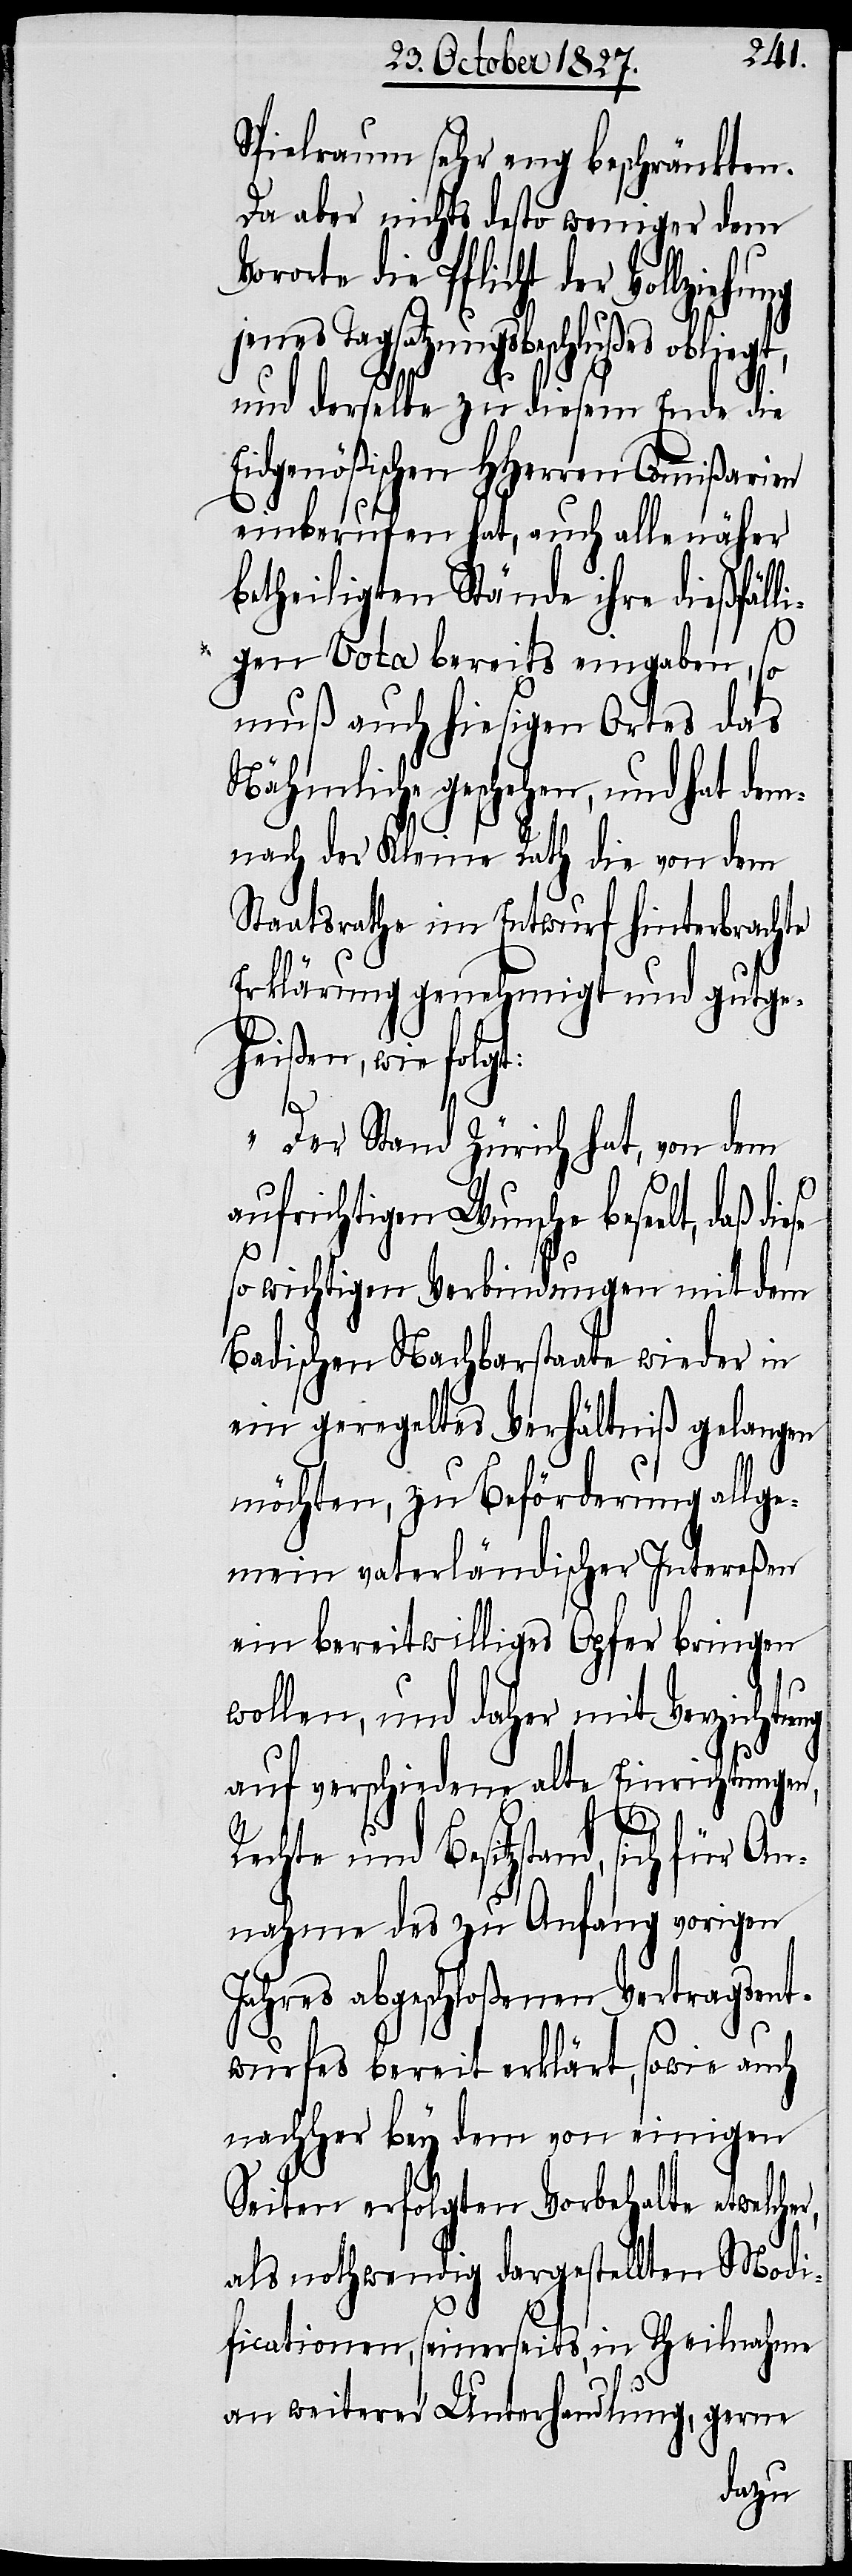
Spielraum sehr eng beschränkten.
Da aber nichts desto weniger dem
rorte die Pflicht der Vollzieh¬
Tagsatzungsbeschlußes oblie¬
und derselbe zu diesem Ende die
Eidgenößischen HHerren Commißarien
einberufen hat, auch alle näher
r,
betheiligten Stände ihre dießfälli¬
gen Vota bereits eingaben, so
muß auch hiesigen Ortes das
Nähmliche geschehen, und hat dem¬
nach der Kleine Rath die von dem
Staatsrathe im Entwurf hinterbrachte
Erklärung genehmigt und gutge¬
heißen, wie folgt:
„Der Stand Zürich hat, von dem
aufrichtigen Wunsche beseelt, daß
so wichtigen Verbindungen mit dem
Badischen Nachbarstaate wieder in
ein geregeltes Verhältniß gelangen
möchten, zu Beförderung allge¬
mein vaterländischer Intereßen
ein bereitwilliges Opfer bringen
wollen, und daher mit Verzichtung
auf verschiedene alte Einrichtungen,
Rechte und Besitzstand, sich für
nahme des zu Anfang vorigen
Jahres abgeschloßenen Vertragsent¬
wurfes bereit erklärt, sowie auch
nachher bey dem von einigen
Seiten erfolgten Vorbehalten etwelche¬
als nothwendig dargestellten Modi¬
ficationen, seinerseits, in Theilnahme
an weiterer Unterhandlung, gerne